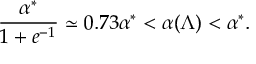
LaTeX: \frac { \alpha ^ { * } } { 1 + e ^ { - 1 } } \simeq 0 . 7 3 \alpha ^ { * } < \alpha ( \Lambda ) < \alpha ^ { * } .